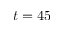
t = 4 5